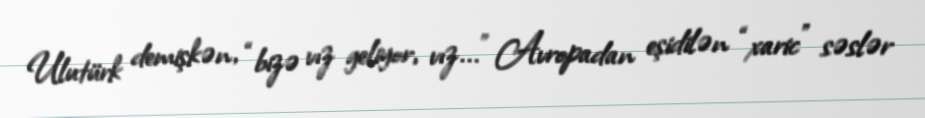
Ulutürk demişkən, “bizə vız geliyor, vız...” Avropadan eşidilən “xaric" səslər